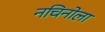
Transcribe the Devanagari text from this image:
नचिनोला